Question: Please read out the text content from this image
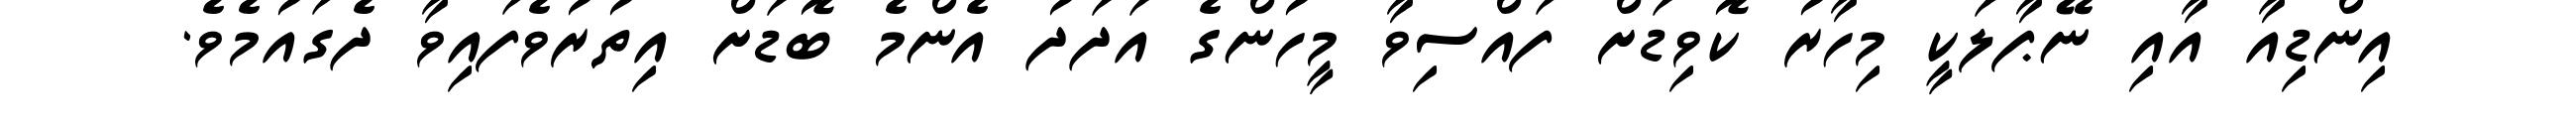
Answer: އިންޑިއާ އާއި ނޭޕާލަކީ މިހާރު ކޮވިޑަށް ފައްސިވާ މީހުންގެ އަދަދު އެންމެ ބޮޑަށް އިތުރުވެފައިވާ ދެގައުމެވެ.